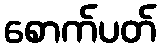
စောက်ပတ်